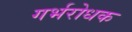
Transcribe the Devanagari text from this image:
गर्भरोधक